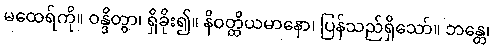
မထေရ်ကို။ ဝန္ဒိတွာ၊ ရှိခိုး၍။ နိဝတ္တိယမာနော၊ ပြန်သည်ရှိသော်။ ဘန္တေ၊